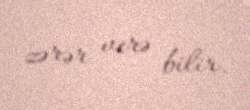
zərər verə bilir.